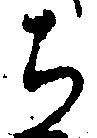
ち